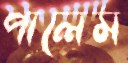
পালেম